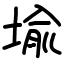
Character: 堬